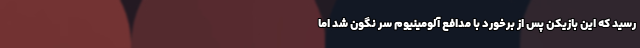
رسید که این بازیکن پس از برخورد با مدافع آلومینیوم سر نگون شد اما